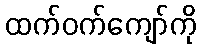
ထက်ဝက်ကျော်ကို